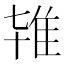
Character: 𨾙